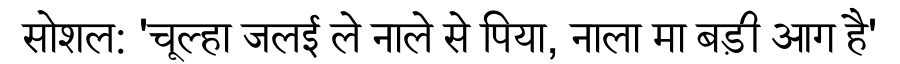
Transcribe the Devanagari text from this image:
सोशल: 'चूल्हा जलई ले नाले से पिया, नाला मा बड़ी आग है'